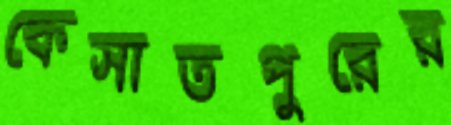
কেসাতপুরের